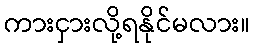
ကားငှားလို့ရနိုင်မလား။